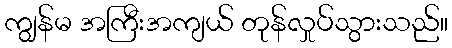
ကျွန်မ အကြီးအကျယ် တုန်လှုပ်သွားသည်။